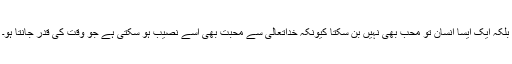
بلکہ ایک ایسا انسان تو محبّ بھی نہیں بن سکتا کیونکہ خداتعالیٰ سے محبت بھی اسے نصیب ہو سکتی ہے جو وقت کی قدر جانتا ہو۔